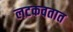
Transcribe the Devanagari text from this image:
लटकवतात